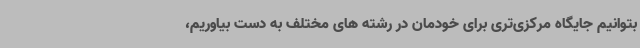
بتوانیم جایگاه مرکزی‌تری برای خودمان در رشته های مختلف به دست بیاوریم،